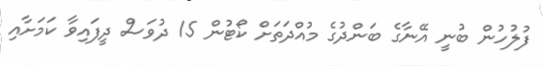
ފުލުހުން ބުނީ އޭނާގެ ބަންދުގެ މުއްދަތަށް ކޯޓުން 15 ދުވަސް ދީފައިވާ ކަމަށާއި